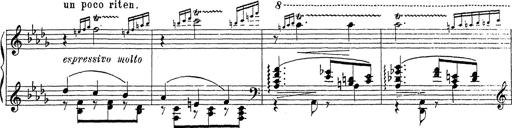
Title: Ballade No.1
Composer: Richard St. Clair